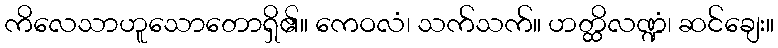
ကိလေသာဟူသောတောရှိ၏။ ကေဝလံ၊ သက်သက်။ ဟတ္ထိလဏ္ဍံ၊ ဆင်ချေး။